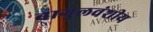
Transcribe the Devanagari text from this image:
बागुलवंशीय